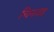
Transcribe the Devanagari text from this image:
चिनज़इ